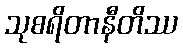
သုစရိတာနီတိဿ